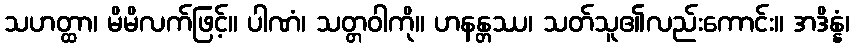
သဟတ္ထာ၊ မိမိလက်ဖြင့်။ ပါဏံ၊ သတ္တဝါကို။ ဟနန္တဿ၊ သတ်သူ၏လည်းကောင်း။ အဒိန္နံ၊